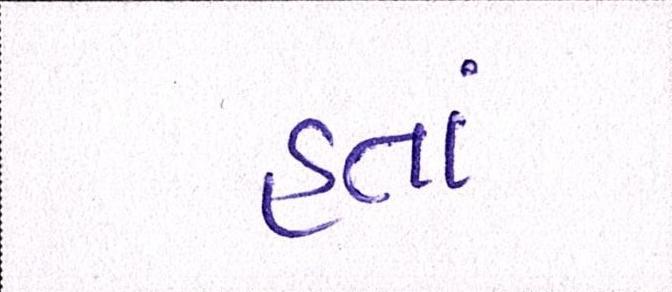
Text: હતાં